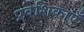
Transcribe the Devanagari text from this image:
प्रवेशिकाएँ